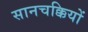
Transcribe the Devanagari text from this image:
सानचक्कियों